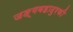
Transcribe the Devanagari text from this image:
जङ्गबहादुरकी